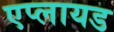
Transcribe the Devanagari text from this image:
एप्लायड